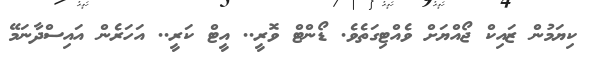
ކިޔަމުން ޒައިކް ޖޯއްޔަށް ވެއްޓިގަތެވެ. ޑޯންޓް ވޮރީ.. އީޓް ކަރީ.. އަހަރެން އައިސްދާނަމޭ